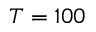
T = 1 0 0